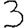
Digit: 3